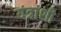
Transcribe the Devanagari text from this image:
यंत्रांशी